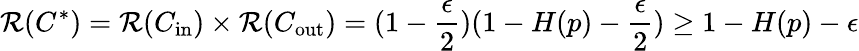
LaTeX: \mathcal{R}(C^{*})=\mathcal{R}(C_{\mathrm{{in}}})\times\mathcal{R}(C_{\mathrm{{out}}})=(1-{\frac{{\epsilon}}{{2}}})(1-H(p)-{\frac{{\epsilon}}{{2}}})\geq1-H(p)-\epsilon